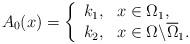
LaTeX: \begin{align*} A_0(x)=\left\{ \begin{array}{ll} k_1,& x\in \Omega_1, \\ k_2,& x\in\Omega \backslash \overline{\Omega}_1. \end{array} \right.\end{align*}